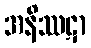
အနိဿဋာ